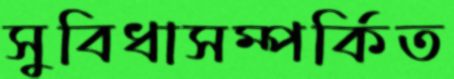
সুবিধাসম্পর্কিত